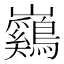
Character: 𡿙